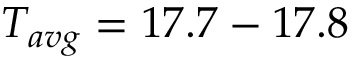
T _ { a v g } = 1 7 . 7 - 1 7 . 8